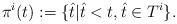
LaTeX: \begin{align*}\pi^i(t) := \{\hat{t} | \hat{t} < t, \hat{t} \in T^i\} .\end{align*}